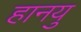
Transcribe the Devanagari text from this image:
हानयु